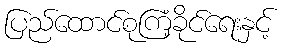
ပြည်ထောင်စုကြံ့ခိုင်ရေးနှင့်